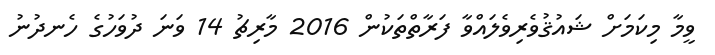
ވީމާ މިކަމަށް ޝައުޤުވެރިވެލައްވާ ފަރާތްތަކުން 2016 މާރިޗު 14 ވަނަ ދުވަހުގެ ހެނދުނު